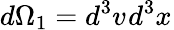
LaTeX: d\Omega_{1}=d^{3}v_{}d^{3}x_{}